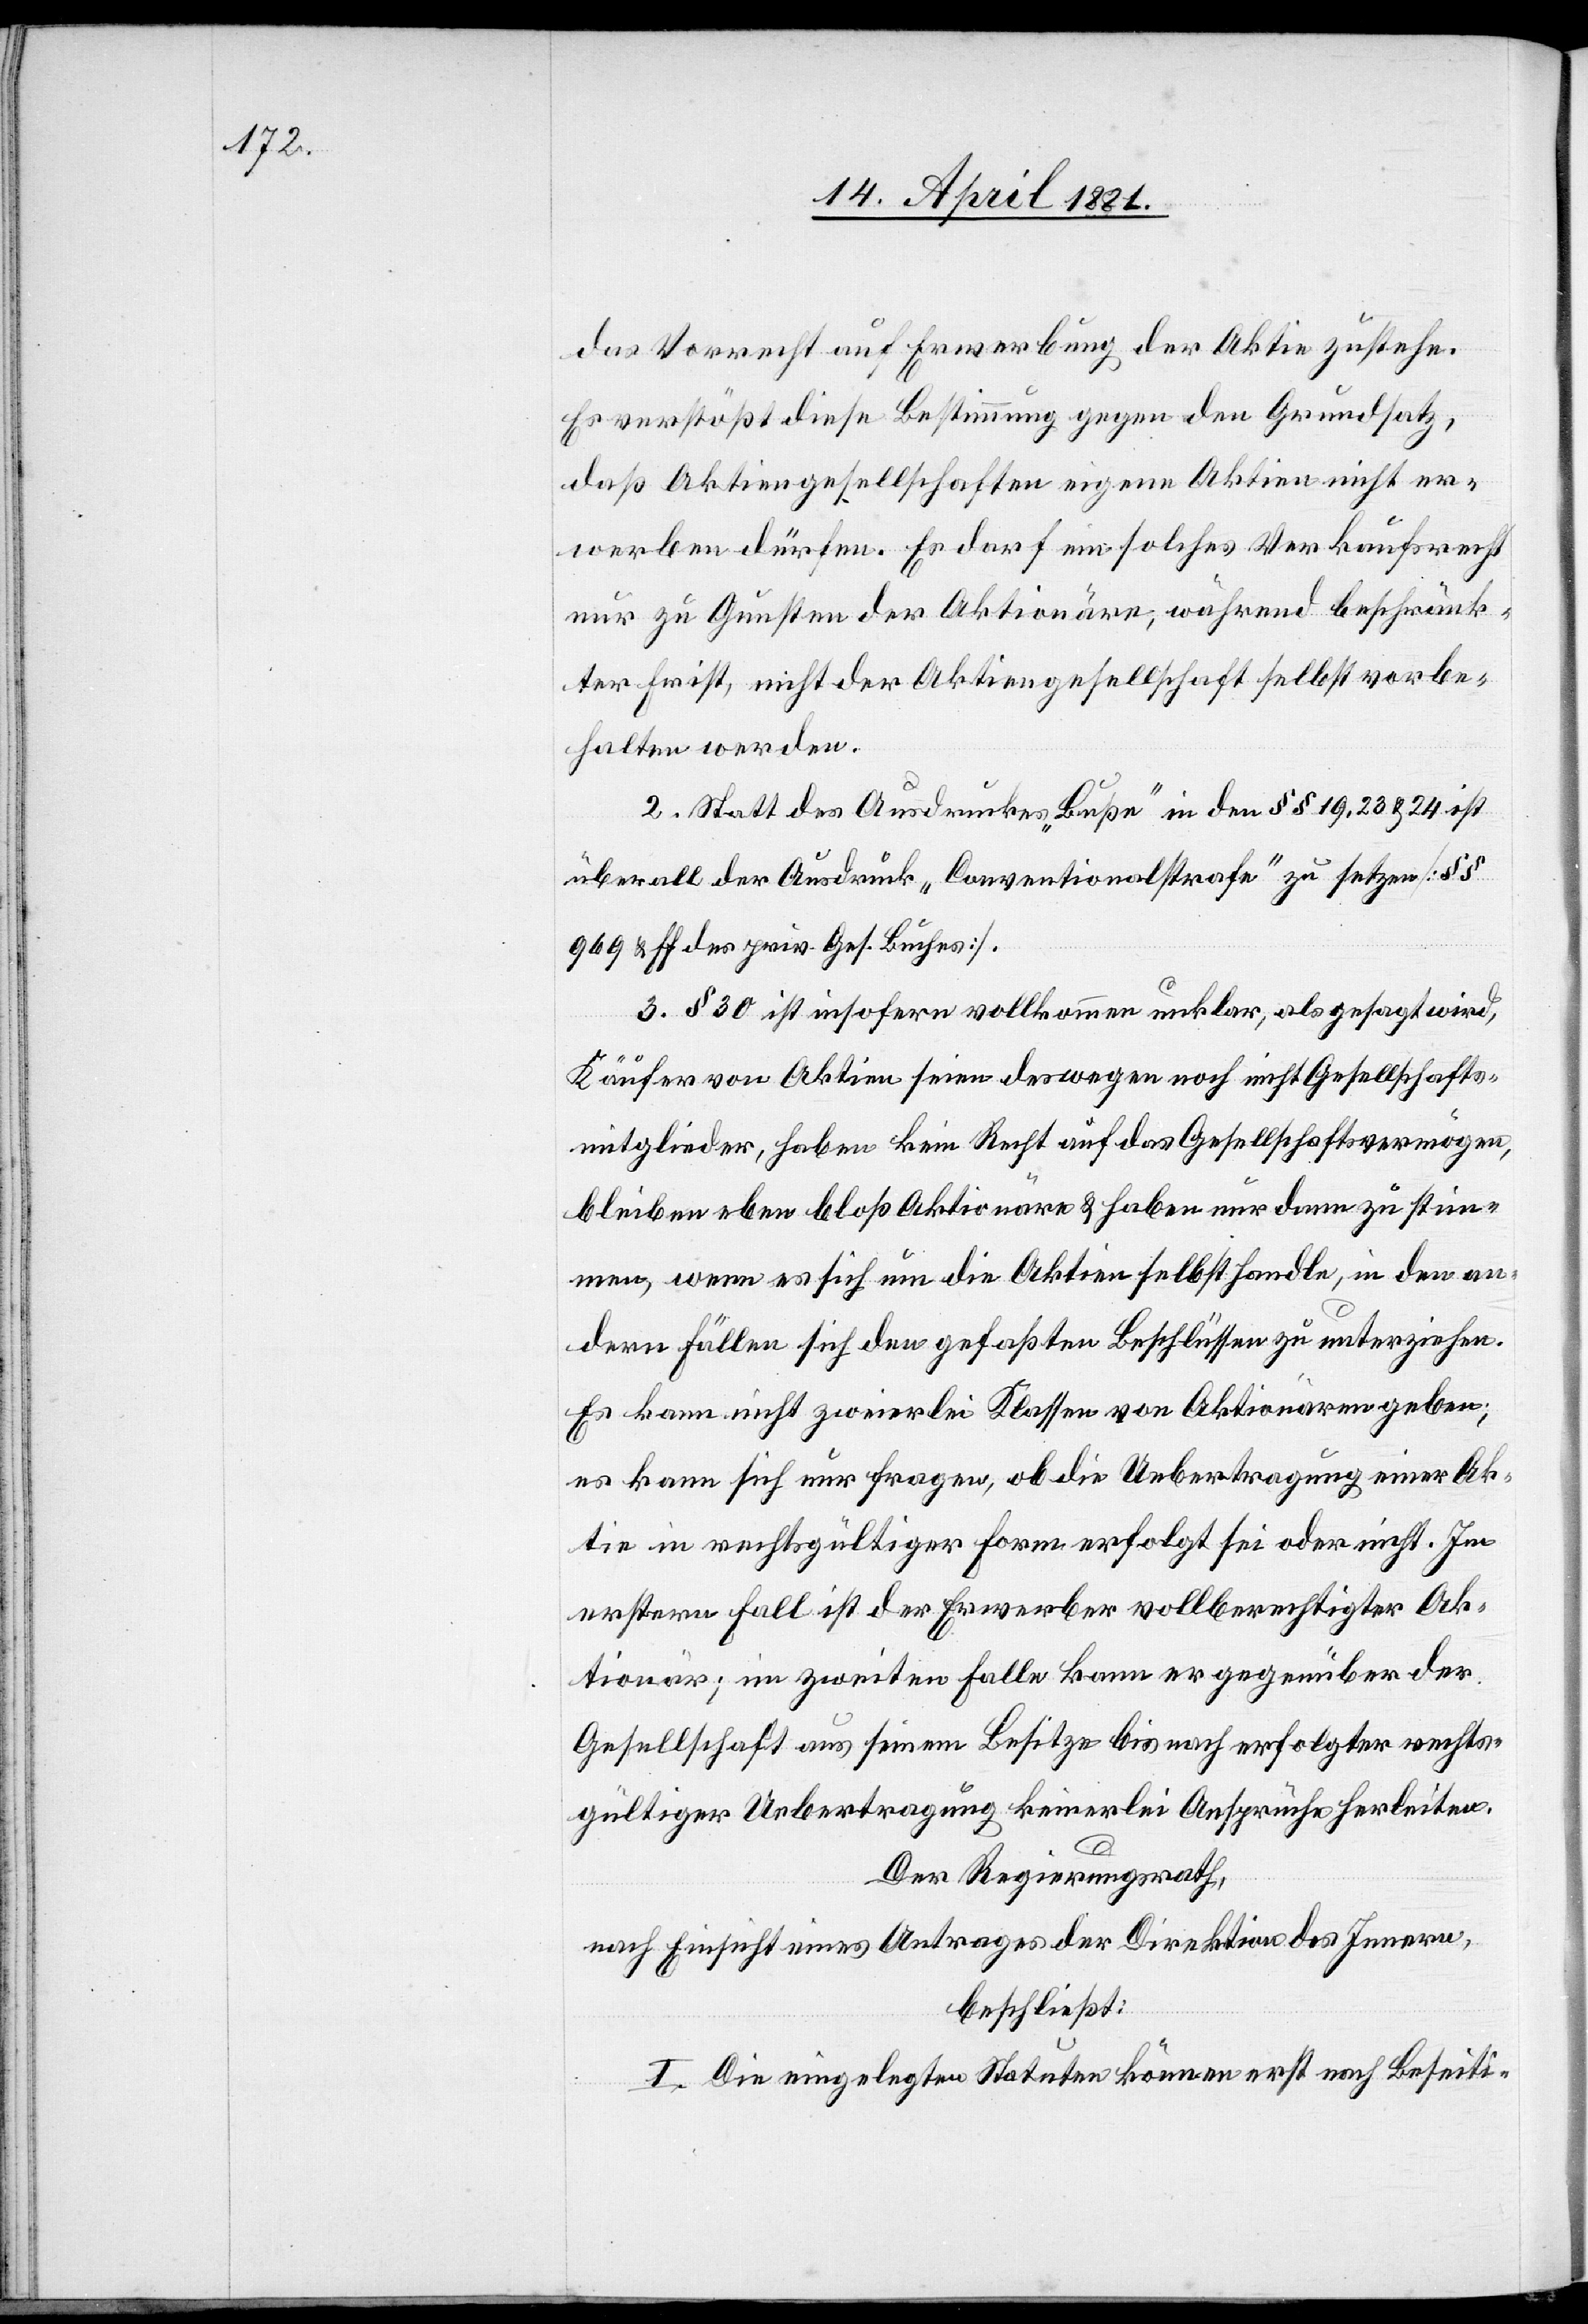
das Vorrecht auf Erwerbung der Aktien zustehe.
Es verstößt diese Bestimmung gegen den Grundsatz,
daß Aktiengesellschaften eigene Aktien nicht er¬
werben dürfen. Es darf ein solches Verkaufsrecht
nur zu Gunsten der Aktionäre, während beschränk¬
ter Frist, nicht der Aktiengesellschaft selbst vorbe¬
halten werden.
2. Statt des Ausdruckes „Buße“ in den §§ 19, 23 & 24 ist
überall der Ausdruck „Conventionalstrafe“ zu setzen [§§
969 & ff des priv. Ges. Buches].
3. § 30 ist insofern vollkommen unklar, als gesagt wird,
Käufer von Aktien seien deswegen noch nicht Gesellschafts¬
mitglieder, haben kein Recht auf das Gesellschaftsvermögen,
blieben eben bloß Aktionäre & haben dann zu stim¬
men, wenn es sich um die Aktien selbst handle, in den an¬
dern Fällen sich den gefaßten Beschlüssen zu unterziehen.
Es kann nicht zweierlei Klassen von Aktionären geben;
es kann sich nur fragen, ob die Uebertragung einer Ak¬
tie in rechtsgültiger Form erfolgt sei oder nicht. Im
ersten Fall ist der Erwerber vollberechtigter Ak¬
tionär; im zweiten Falle kann er gegenüber der
Gesellschaft aus seinem Besitze bis nach erfolgter rechts¬
gültiger Uebertragung keinerlei Ansprüche herleiten.
Der Regierungsrath,
nach Einsicht eines Antrages der Direktion des Innern,
beschießt:
I. Die eingelegten Statuten können erst nach Beseiti-